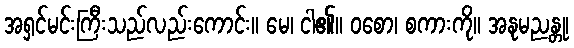
အရှင်မင်းကြီးသည်လည်းကောင်း။ မေ၊ ငါ၏။ ဝစော၊ စကားကို။ အနုမညန္တု၊